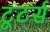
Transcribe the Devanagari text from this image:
टूटर्स